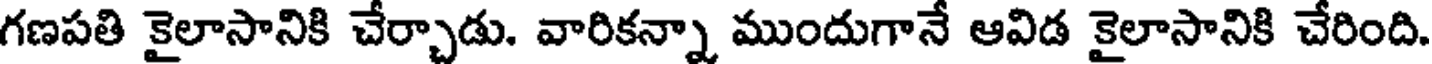
గణపతి కైలాసానికి చేర్చాడు. వారికన్నా ముందుగానే ఆవిడ కైలాసానికి చేరింది.